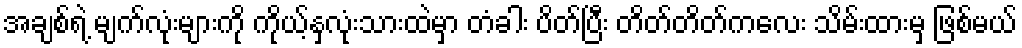
အချစ်ရဲ့ မျက်လုံးများကို ကိုယ့်နှလုံးသားထဲမှာ တံခါး ပိတ်ပြီး တိတ်တိတ်ကလေး သိမ်းထားမှ ဖြစ်မယ်